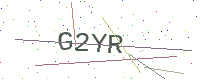
Text: G2YR